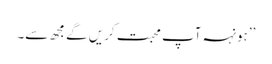
’’ہونہہ آپ محبت کریں گے مجھ سے۔